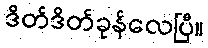
ဒိတ်ဒိတ်ခုန်လေပြီ။